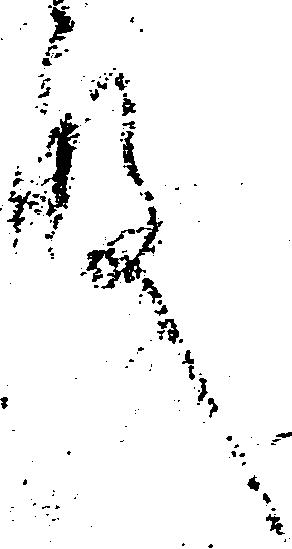
殿